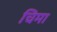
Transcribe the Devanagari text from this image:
चिमा